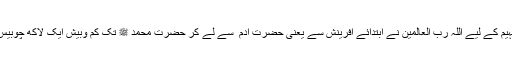
ان تینوں سوالات کے جوابات کی تفہیم کے لیے اللہ رب العالمین نے ابتدائے آفرینش سے یعنی حضرت آدم ؑ سے لے کر حضرت محمد ﷺ تک کم وبیش ایک لاکھ چوبیس ہزار پیغمبروں کو مبعوث فرمایا ۔